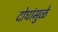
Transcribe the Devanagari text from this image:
दोघांमुळे